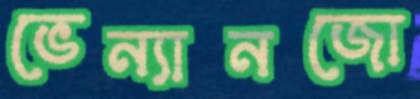
ভেন্যানজো